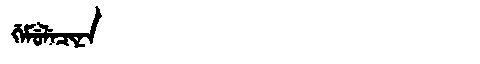
Manchu: ᡤᡝᠮᡠᠯᡝᠴᡳᠨᠠ
Romanization: GEMULECINA